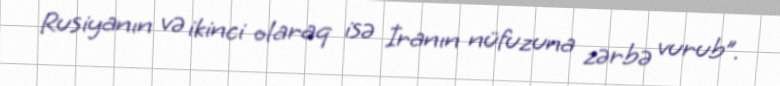
Rusiyanın və ikinci olaraq isə İranın nüfuzuna zərbə vurub”.